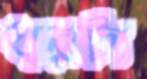
ঘরটা